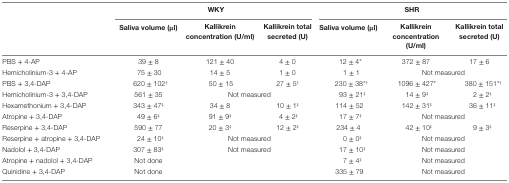
<table><thead><tr><td></td><td colspan="3"><b>WKY</b></td><td colspan="3"><b>SHR</b></td></tr><tr><td></td><td><b>Saliva volume (μl)</b></td><td><b>Kallikrein concentration (U/ml)</b></td><td><b>Kallikrein total secreted (U)</b></td><td><b>Saliva volume (μl)</b></td><td><b>Kallikrein concentration (U/ml)</b></td><td><b>Kallikrein total secreted (U)</b></td></tr></thead><tbody><tr><td>PBS + 4-AP</td><td>39 ± 8</td><td>121 ± 40</td><td>4 ± 0</td><td>12 ± 4*</td><td>372 ± 87</td><td>17 ± 6</td></tr><tr><td>Hemicholinium-3 + 4-AP</td><td>75 ± 30</td><td>14 ± 5</td><td>1 ± 0</td><td>1 ± 1</td><td colspan="2">Not measured</td></tr><tr><td>PBS + 3,4-DAP</td><td>620 ± 102<sup>†</sup></td><td>50 ± 15</td><td>27 ± 5<sup>†</sup></td><td>230 ± 38*<sup>†</sup></td><td>1096 ± 427*</td><td>380 ± 151*<sup>†</sup></td></tr><tr><td>Hemicholinium-3 + 3,4-DAP</td><td>561 ± 35</td><td colspan="2">Not measured</td><td>93 ± 21<sup>‡</sup></td><td>14 ± 9<sup>‡</sup></td><td>2 ± 2<sup>‡</sup></td></tr><tr><td>Hexamethonium + 3,4-DAP</td><td>343 ± 47<sup>‡</sup></td><td>34 ± 8</td><td>10 ± 1<sup>‡</sup></td><td>114 ± 52</td><td>142 ± 31<sup>‡</sup></td><td>36 ± 11<sup>‡</sup></td></tr><tr><td>Atropine + 3,4-DAP</td><td>49 ± 6<sup>‡</sup></td><td>91 ± 9<sup>‡</sup></td><td>4 ± 2<sup>‡</sup></td><td>17 ± 7<sup>‡</sup></td><td colspan="2">Not measured</td></tr><tr><td>Reserpine + 3,4-DAP</td><td>590 ± 77</td><td>20 ± 3<sup>‡</sup></td><td>12 ± 2<sup>‡</sup></td><td>234 ± 4</td><td>42 ± 10<sup>‡</sup></td><td>9 ± 3<sup>‡</sup></td></tr><tr><td>Reserpine + atropine + 3,4-DAP</td><td>24 ± 10<sup>‡</sup></td><td colspan="2">Not measured</td><td>0 ± 0<sup>‡</sup></td><td colspan="2">Not measured</td></tr><tr><td>Nadolol + 3,4-DAP</td><td>307 ± 83<sup>‡</sup></td><td colspan="2">Not measured</td><td>17 ± 10<sup>‡</sup></td><td colspan="2">Not measured</td></tr><tr><td>Atropine + nadolol + 3,4-DAP</td><td>Not done</td><td></td><td></td><td>7 ± 4<sup>‡</sup></td><td colspan="2">Not measured</td></tr><tr><td>Quinidine + 3,4-DAP</td><td>Not done</td><td></td><td></td><td>335 ± 79</td><td colspan="2">Not measured</td></tr></tbody></table>